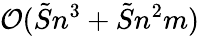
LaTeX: \mathcal{O}(\tilde{S}n^{3}+\tilde{S}n^{2}m)